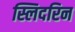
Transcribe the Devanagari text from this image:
स्लिदरिन